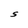
Character: S